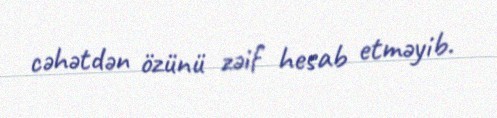
cəhətdən özünü zəif hesab etməyib.